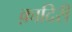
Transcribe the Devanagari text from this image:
क़ादिरी